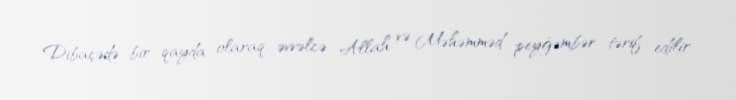
Dibaçədə bir qayda olaraq, əvvəlcə Allah və Məhəmməd peyğəmbər tərif edilir,